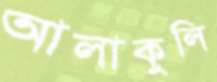
আলাকুলি